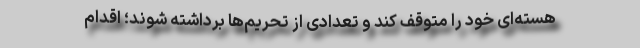
هسته‌ای خود را متوقف کند و تعدادی از تحریم‌ها بر‌داشته شوند؛ اقدام